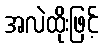
အလဲထိုးဖြင့်